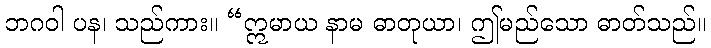
ဘဂဝါ ပန၊ သည်ကား။ “ဣမာယ နာမ ဓာတုယာ၊ ဤမည်သော ဓာတ်သည်။